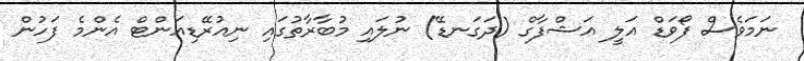
ނަމަވެސް ފޯވަޑް އަލީ އަޝްފާގް (ދަގަނޑޭ) ނުލައި މުބާރާތުގައި ނިއުރޭޑިއަންޓް އެންމެ ފަހުން